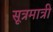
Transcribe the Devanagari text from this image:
सूत्रमात्री